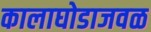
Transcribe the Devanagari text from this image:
कालाघोडाजवळ